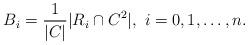
LaTeX: \begin{align*}B_i=\frac{1}{|C|}|R_i\cap C^2|, \ i=0,1,\ldots,n.\end{align*}